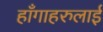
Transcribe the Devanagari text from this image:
हाँगाहरुलाई